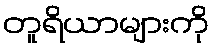
တူရိယာများကို